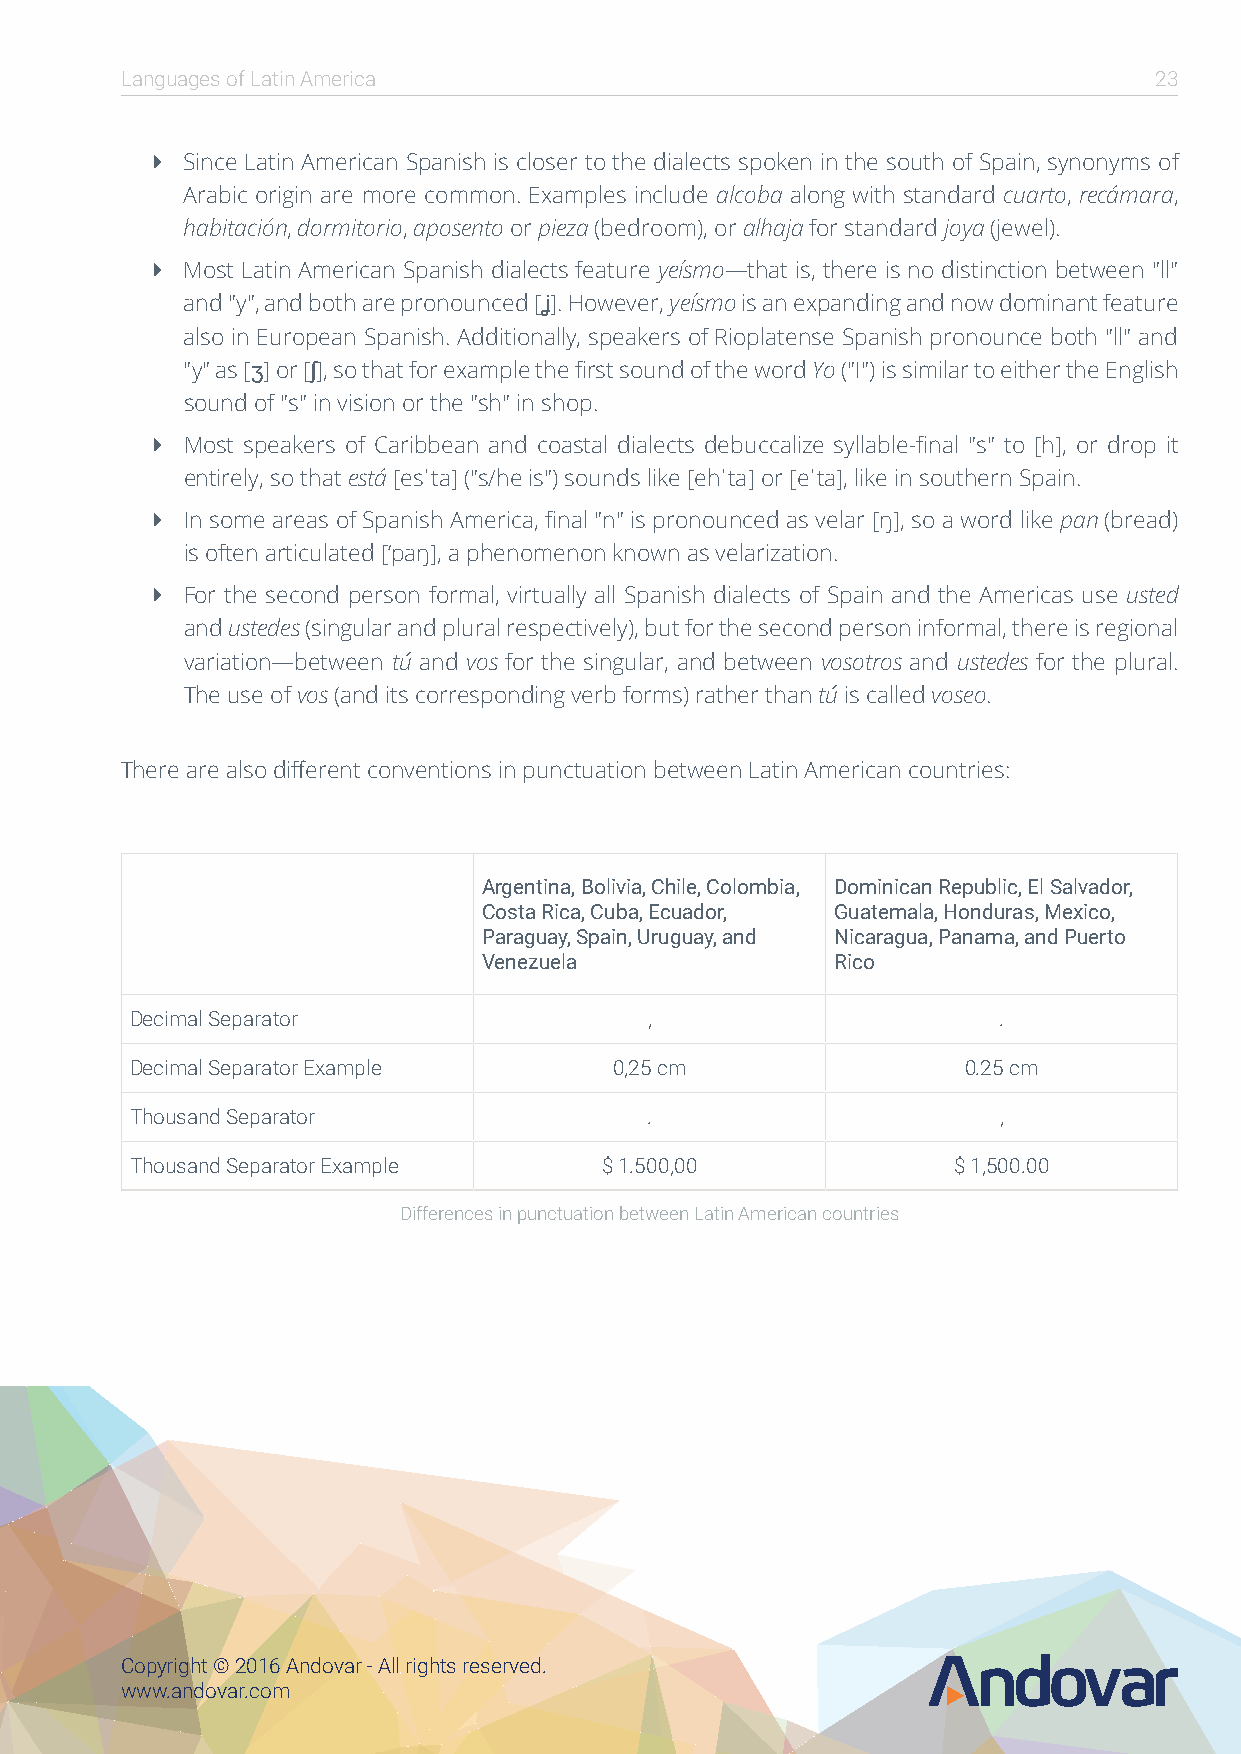
Languages of Latin America                                          23
  Since Latin American Spanish is closer to the dialects spoken in the south of Spain, synonyms of
 Arabic origin are more common. Examples include alcoba along with standard cuarto, recámara,
 habitación, dormitorio, aposento or pieza (bedroom), or alhaja for standard joya (jewel).
  Most Latin American Spanish dialects feature yeísmo—that is, there is no distinction between "ll"
 and "y", and both are pronounced [ʝ]. However, yeísmo is an expanding and now dominant feature
 also in European Spanish. Additionally, speakers of Rioplatense Spanish pronounce both "ll" and
 "y" as [ʒ] or [ʃ], so that for example the first sound of the word Yo ("I") is similar to either the English
 sound of "s" in vision or the "sh" in shop.
  Most speakers of Caribbean and coastal dialects debuccalize syllable-final "s" to [h], or drop it
 entirely, so that está [esˈta] ("s/he is") sounds like [ehˈta] or [eˈta], like in southern Spain.
  In some areas of Spanish America, final "n" is pronounced as velar [ŋ], so a word like pan (bread)
 is often articulated [‘paŋ], a phenomenon known as velarization.
  For the second person formal, virtually all Spanish dialects of Spain and the Americas use usted
 and ustedes (singular and plural respectively), but for the second person informal, there is regional
 variation—between tú and vos for the singular, and between vosotros and ustedes for the plural.
 The use of vos (and its corresponding verb forms) rather than tú is called voseo.
 There are also different conventions in punctuation between Latin American countries:
 Argentina, Bolivia, Chile, Colombia, Dominican Republic, El Salvador,
 Costa Rica, Cuba, Ecuador, Guatemala, Honduras, Mexico,
 Paraguay, Spain, Uruguay, and Nicaragua, Panama, and Puerto
 Venezuela              Rico
 Decimal Separator                 ,                      .
 Decimal Separator Example       0,25 cm                0.25 cm
 Thousand Separator                .                      ,
 Thousand Separator Example     $ 1.500,00             $ 1,500.00
 Differences in punctuation between Latin American countries
 Copyright © 2016 Andovar - All rights reserved.
 www.andovar.com